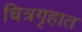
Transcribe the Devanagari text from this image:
चित्रगृहात